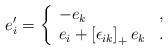
LaTeX: \begin{align*}e'_i= \left\{\begin{array}{ll} -e_k & ,\\ e_i+\left[\epsilon_{ik}\right]_+e_k & .\end{array}\right.\end{align*}